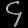
Digit: ၄